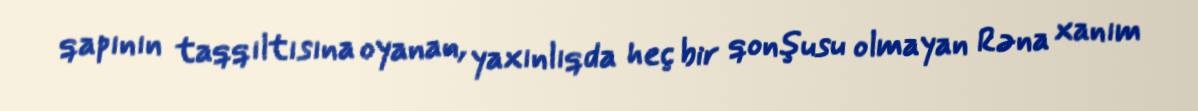
qapının taqqıltısına oyanan, yaxınlıqda heç bir qonşusu olmayan Rəna xanım